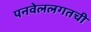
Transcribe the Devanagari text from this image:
पनवेललगतची